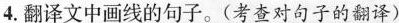
4.翻译文中画线的句子。(考查对句子的翻译)